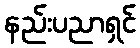
နည်းပညာရှင်